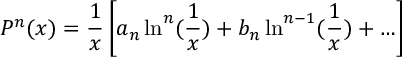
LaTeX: P ^ { n } ( x ) = \frac { 1 } { x } \left[ a _ { n } \ln ^ { n } ( \frac { 1 } { x } ) + b _ { n } \ln ^ { n - 1 } ( \frac { 1 } { x } ) + \ldots \right]